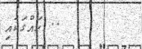
.. ހައްގަކައި